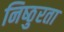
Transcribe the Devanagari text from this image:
निष्‍ठुरता